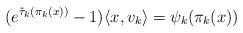
\begin{align*}(e^{\tilde\tau_k(\pi_k(x))}-1)\langle x,v_k\rangle = \psi_k(\pi_k(x))\end{align*}